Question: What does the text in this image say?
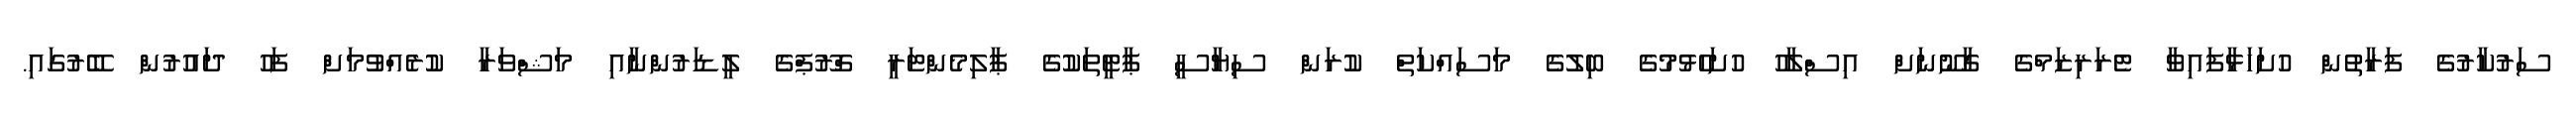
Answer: ސަރުކާރުގެ ފަރާތުން ހުށަހަޅާފައިވާ ޓެރަރިޒަމްގެ ގާނޫނަށް އިސްލާހު ހުށަހެޅުމުގެ ބިލުގެ މަސައްކަތް ކުރަން ސިޔާސީ ޕާޓީތަކުގެ ޕާލިމެންޓަރީ ގްރޫޕްގެ ލީޑަރުންނާއި މަޝްވަރާ ކުރެއްވުމަށް ފަހު ދައުރުން ބޭރުގައި.